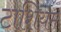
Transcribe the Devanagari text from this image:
टाशियम